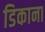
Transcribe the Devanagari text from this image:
डिकाना